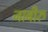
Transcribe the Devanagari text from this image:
जाबीरु